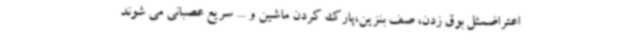
اعتراضمثل بوق زدن، صف بنزین،پارک کردن ماشین و ... سریع عصبانی می شوند